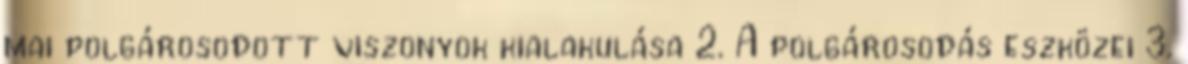
mai polgárosodott viszonyok kialakulása 2. A polgárosodás eszközei 3.